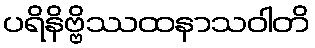
ပရိနိဗ္ဗိဿထနာသဝါတိ